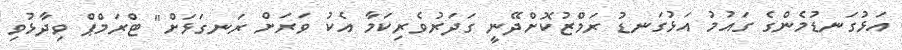
އަަޅުގަނޑުމެންގެ ގައުމު އަޅުގަނޑު ރަމްޒުކޮށްދޭނީ ގަދަރުވެރިކަމާ އެކު ވަރަށް ރަނގަޅަށް" ޓްރަމްޕް ވިދާޅުވި